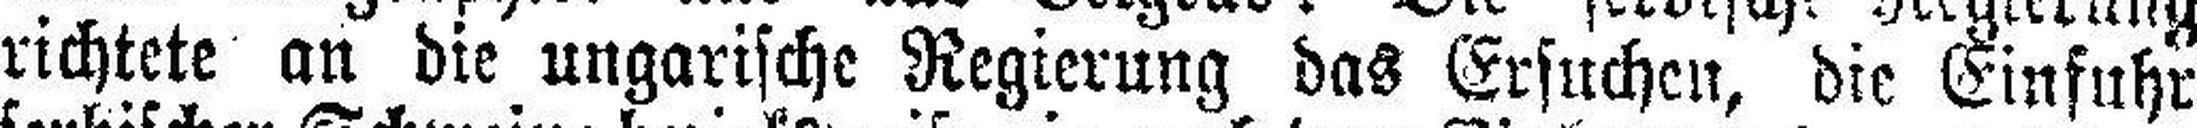
richtete an die ungarische Regierung das Ersuchen, die Einfuhr